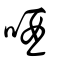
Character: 唒